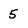
Character: 5